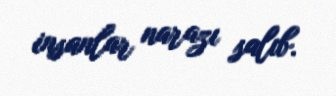
insanlar narazı salıb.